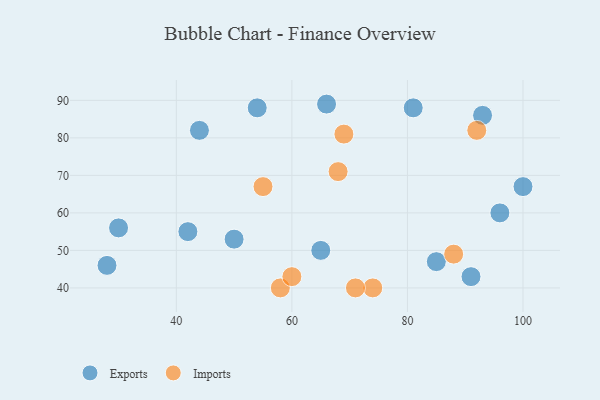
{"axis": {"x": "GDP", "y": "Life Expectancy"}, "legend": ["Exports", "Imports"], "data": [{"x": "93", "y": 86, "type": "Exports"}, {"x": "65", "y": 50, "type": "Exports"}, {"x": "81", "y": 88, "type": "Exports"}, {"x": "42", "y": 55, "type": "Exports"}, {"x": "91", "y": 43, "type": "Exports"}, {"x": "85", "y": 47, "type": "Exports"}, {"x": "96", "y": 60, "type": "Exports"}, {"x": "28", "y": 46, "type": "Exports"}, {"x": "66", "y": 89, "type": "Exports"}, {"x": "100", "y": 67, "type": "Exports"}, {"x": "54", "y": 88, "type": "Exports"}, {"x": "30", "y": 56, "type": "Exports"}, {"x": "44", "y": 82, "type": "Exports"}, {"x": "50", "y": 53, "type": "Exports"}, {"x": "69", "y": 81, "type": "Imports"}, {"x": "88", "y": 49, "type": "Imports"}, {"x": "55", "y": 67, "type": "Imports"}, {"x": "92", "y": 82, "type": "Imports"}, {"x": "68", "y": 71, "type": "Imports"}, {"x": "58", "y": 40, "type": "Imports"}, {"x": "74", "y": 40, "type": "Imports"}, {"x": "60", "y": 43, "type": "Imports"}, {"x": "71", "y": 40, "type": "Imports"}]}